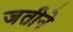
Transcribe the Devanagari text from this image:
जतीने